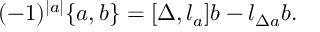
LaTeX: ( - 1 ) ^ { | a | } \{ a , b \} = { [ \Delta , l _ { a } ] } b - l _ { \Delta a } b .